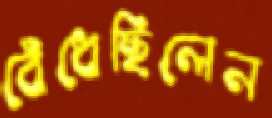
বেঁধেছিলেন